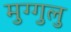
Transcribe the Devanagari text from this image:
मुग्गुलु